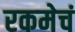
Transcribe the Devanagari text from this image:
रकमेचं